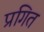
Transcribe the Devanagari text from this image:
प्रगित